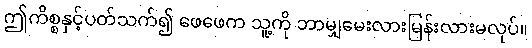
ဤကိစ္စနှင့်ပတ်သက်၍ ဖေဖေက သူ့ကို ဘာမျှမေးလားမြန်းလားမလုပ်။